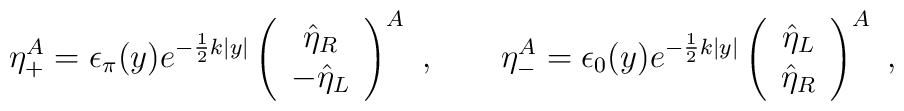
\eta_+^A=\epsilon_\pi(y)e^{-\frac{1}{2}k|y|}\left(\begin{array}{c}\hat{\eta}_R\\-\hat{\eta}_L\end{array}\right)^A\ ,\qquad \eta_-^A=\epsilon_0(y)e^{-\frac{1}{2}k|y|}\left(\begin{array}{c}\hat{\eta}_L\\\hat{\eta}_R\end{array}\right)^A\ ,